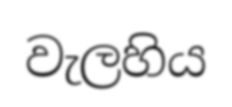
වැලහිය